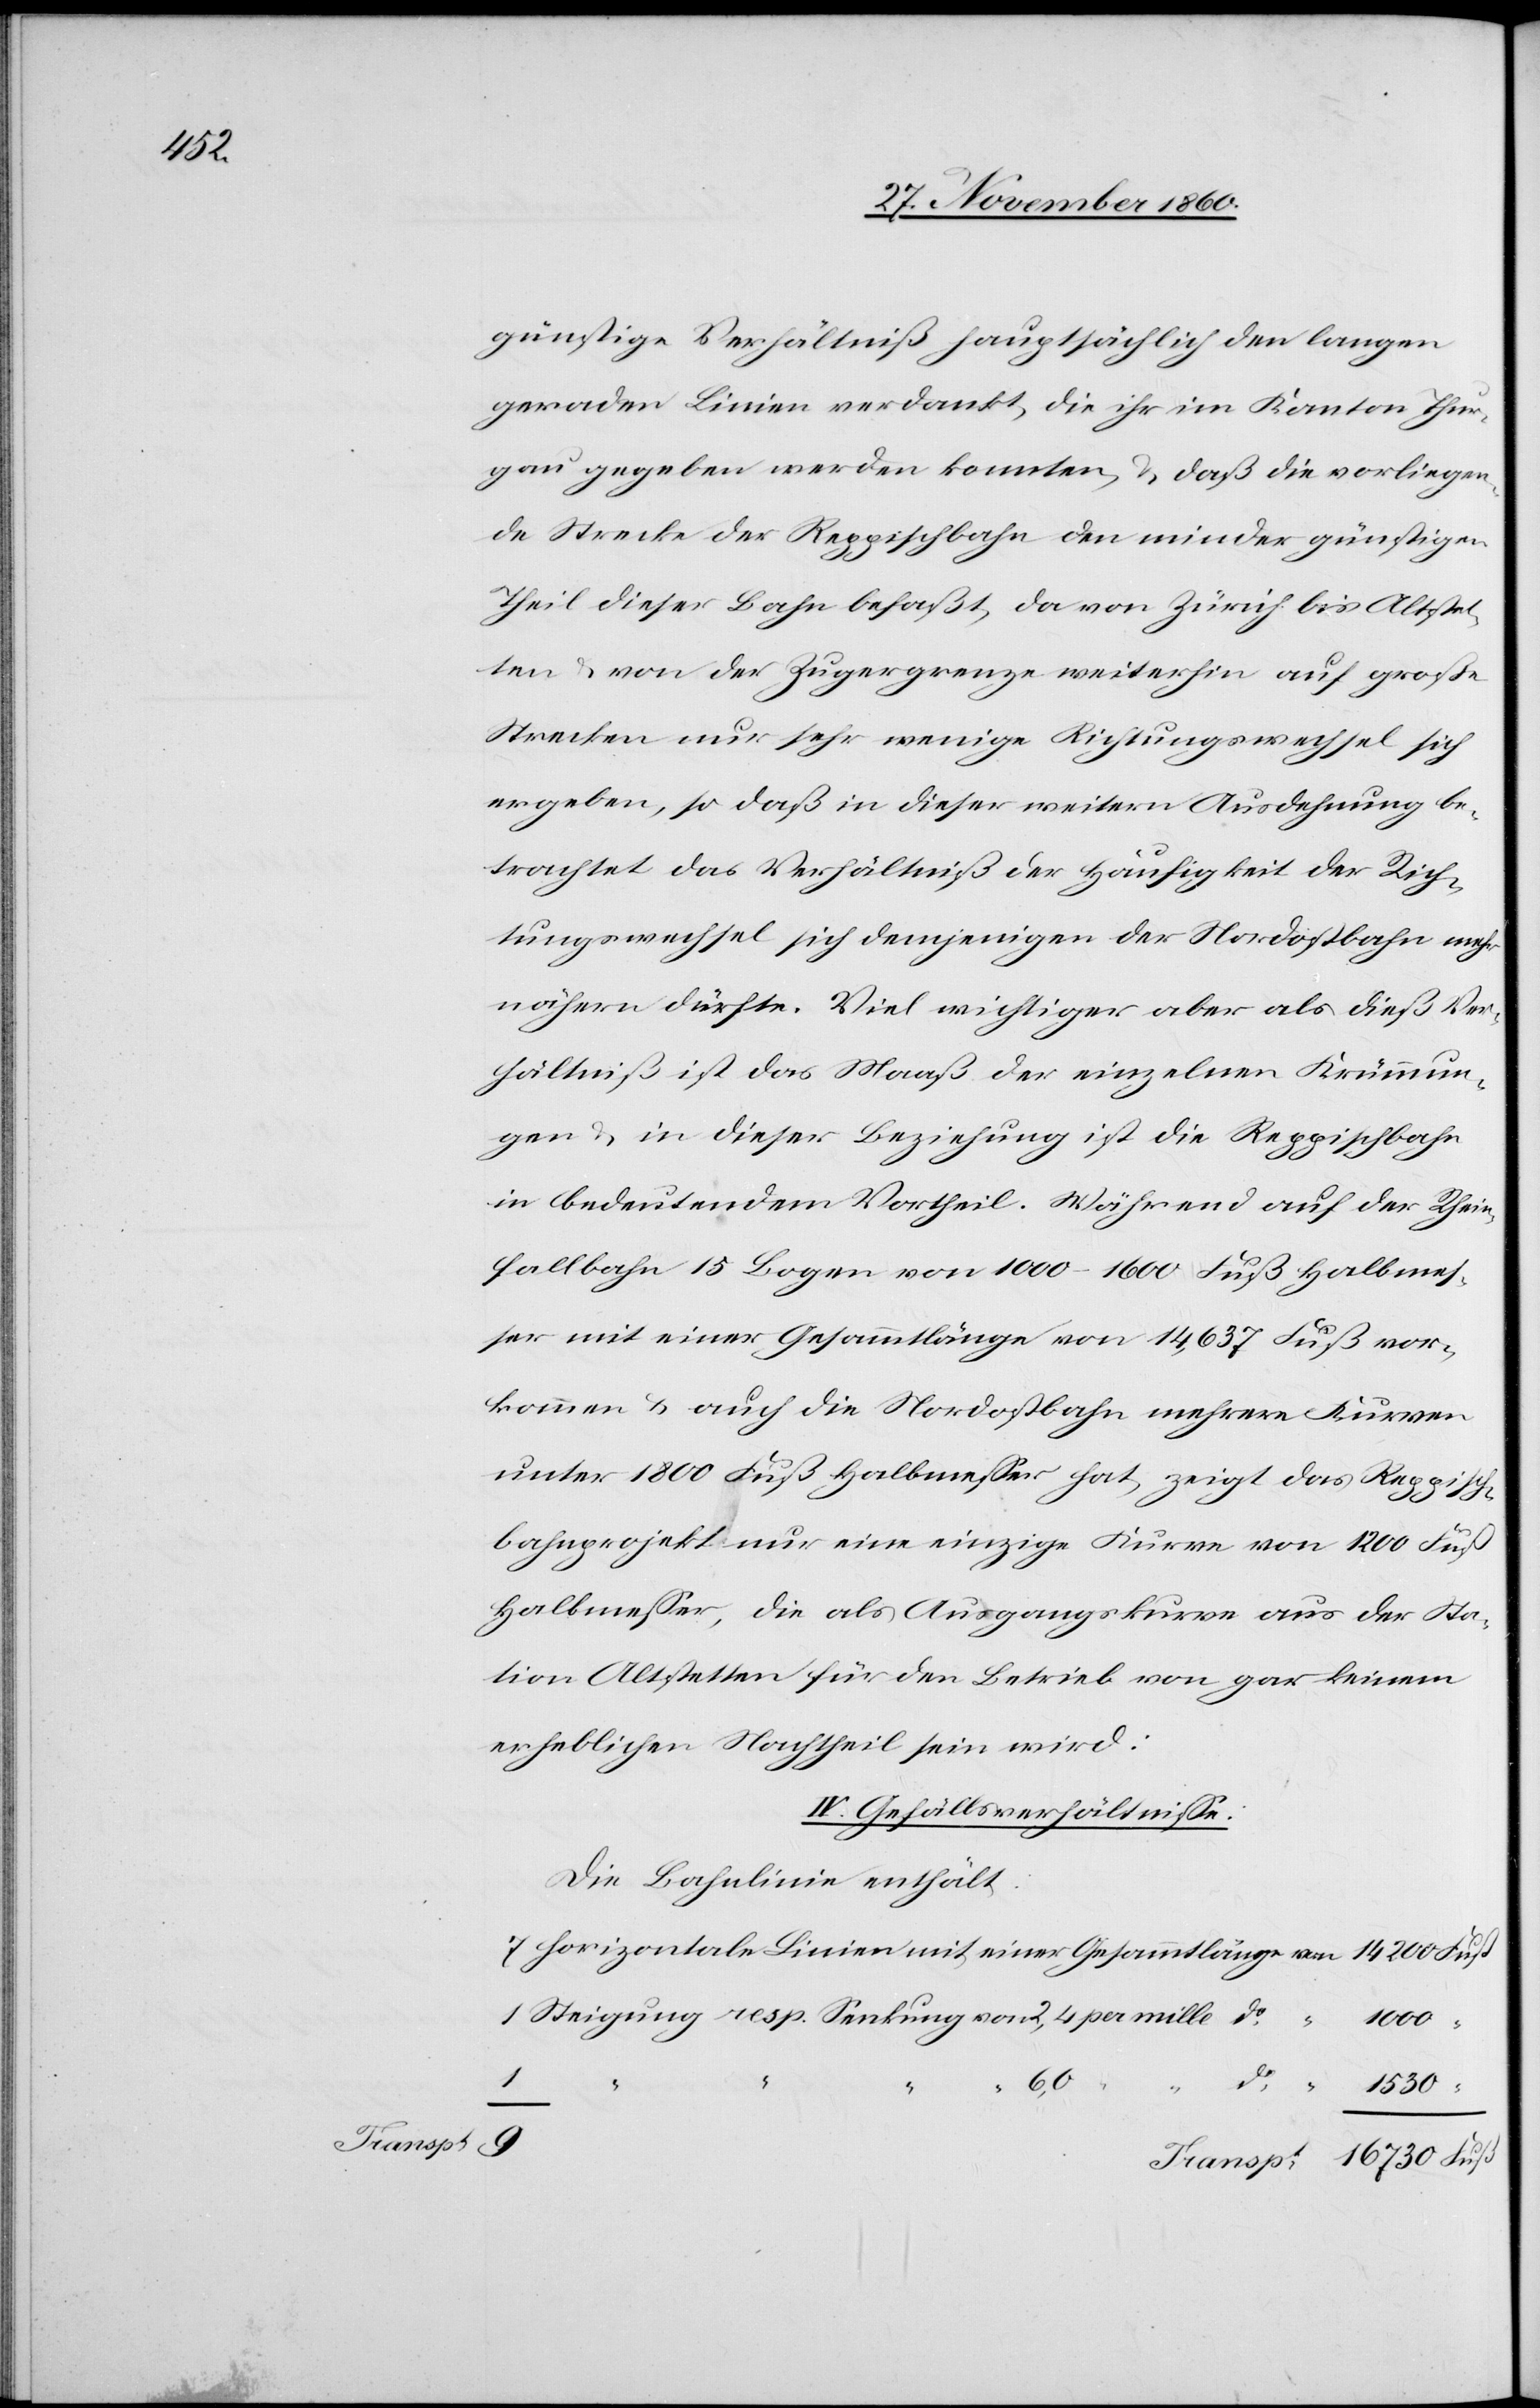
16

günstige Verhältniß hauptsächlich den langen
geraden Linien verdankt, die ihr im Kanton Thur¬
gau gegeben werden konnten, u. daß die vorliegen¬
de Strecke der Reppischbahn den minder günstigen
Theil dieser Bahn befaßt, da von Zürich bis Altstet¬
ten u. von der Zugergrenze weiterhin auf große
Strecken nur sehr wenige Richtungswechsel sich
ergeben, so daß in dieser weitern Ausdehnung be¬
trachtet das Verhältniß der Häufigkeit der Rich¬
tungswechsel sich demjenigen der Nordostbahn mehr
nähern dürfte. Viel wichtiger aber als dieß Ver¬
hältniß ist das Maaß der einzelnen Krümmun¬
gen u. in dieser Beziehung ist die Reppischbahn
in bedeutendem Vortheil. Während auf der Rhein¬
fallbahn 15 Bogen von 1000–1600 Fuß Halbmes¬
ser mit einer Gesammtlänge von 14,637 Fuß vor¬
kommen u. auch die Nordostbahn mehrere Kurven
unter 1800 Fuß Halbmesser hat, zeigt das Reppisch¬
bahnprojekt nur eine einzige Kurve von 1200 Fuß
Halbmesser, die als Ausgangskurve aus der Sta¬
tion Altstetten für den Betrieb von gar keinem
erheblichen Nachtheil sein wird.
IV. Gefällsverhältnisse.
Die Bahnlinie enthält
6,0
do
“
Transpt